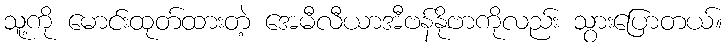
သူ့ကို မောင်းထုတ်ထားတဲ့ အေမီလီယာအီဗန်နိုဗာကိုလည်း သွားပြောတယ်။